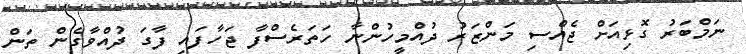
ނަމްބަރު ގޮޅިއަށް ޖެއްސި މަންޒަރު ދުއްމީހުންނާ ހަތަރެސްފާ ޖަހާފައި ފާގަ ދުއްވާގެން ތަން